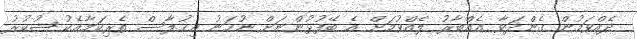
ދެއްވަމުން ގެންދަވާ އެއްބާރު ލެއްވުމަށް އެ ބޭފުޅުންނަށް ނުހަނު އިޚުލާސް ތެރިކަމާއެކު ޝުކުރު